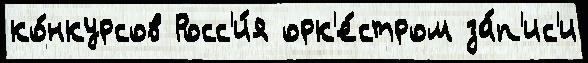
ко́нкурсов Росс'и́я орк'е́стром за́п'ис'и